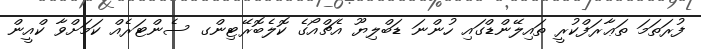
ފުރަތަމަ ތަޢާރަފްކުރީ ތައިލޭންޑްގައި ހުންނަ ޑަބްލިޔޫ އެޗްއޯގެ ކޮލެބޮރޭޓިންގ ސެންޓަރެއް ކަމަށްވާ ކްއީން